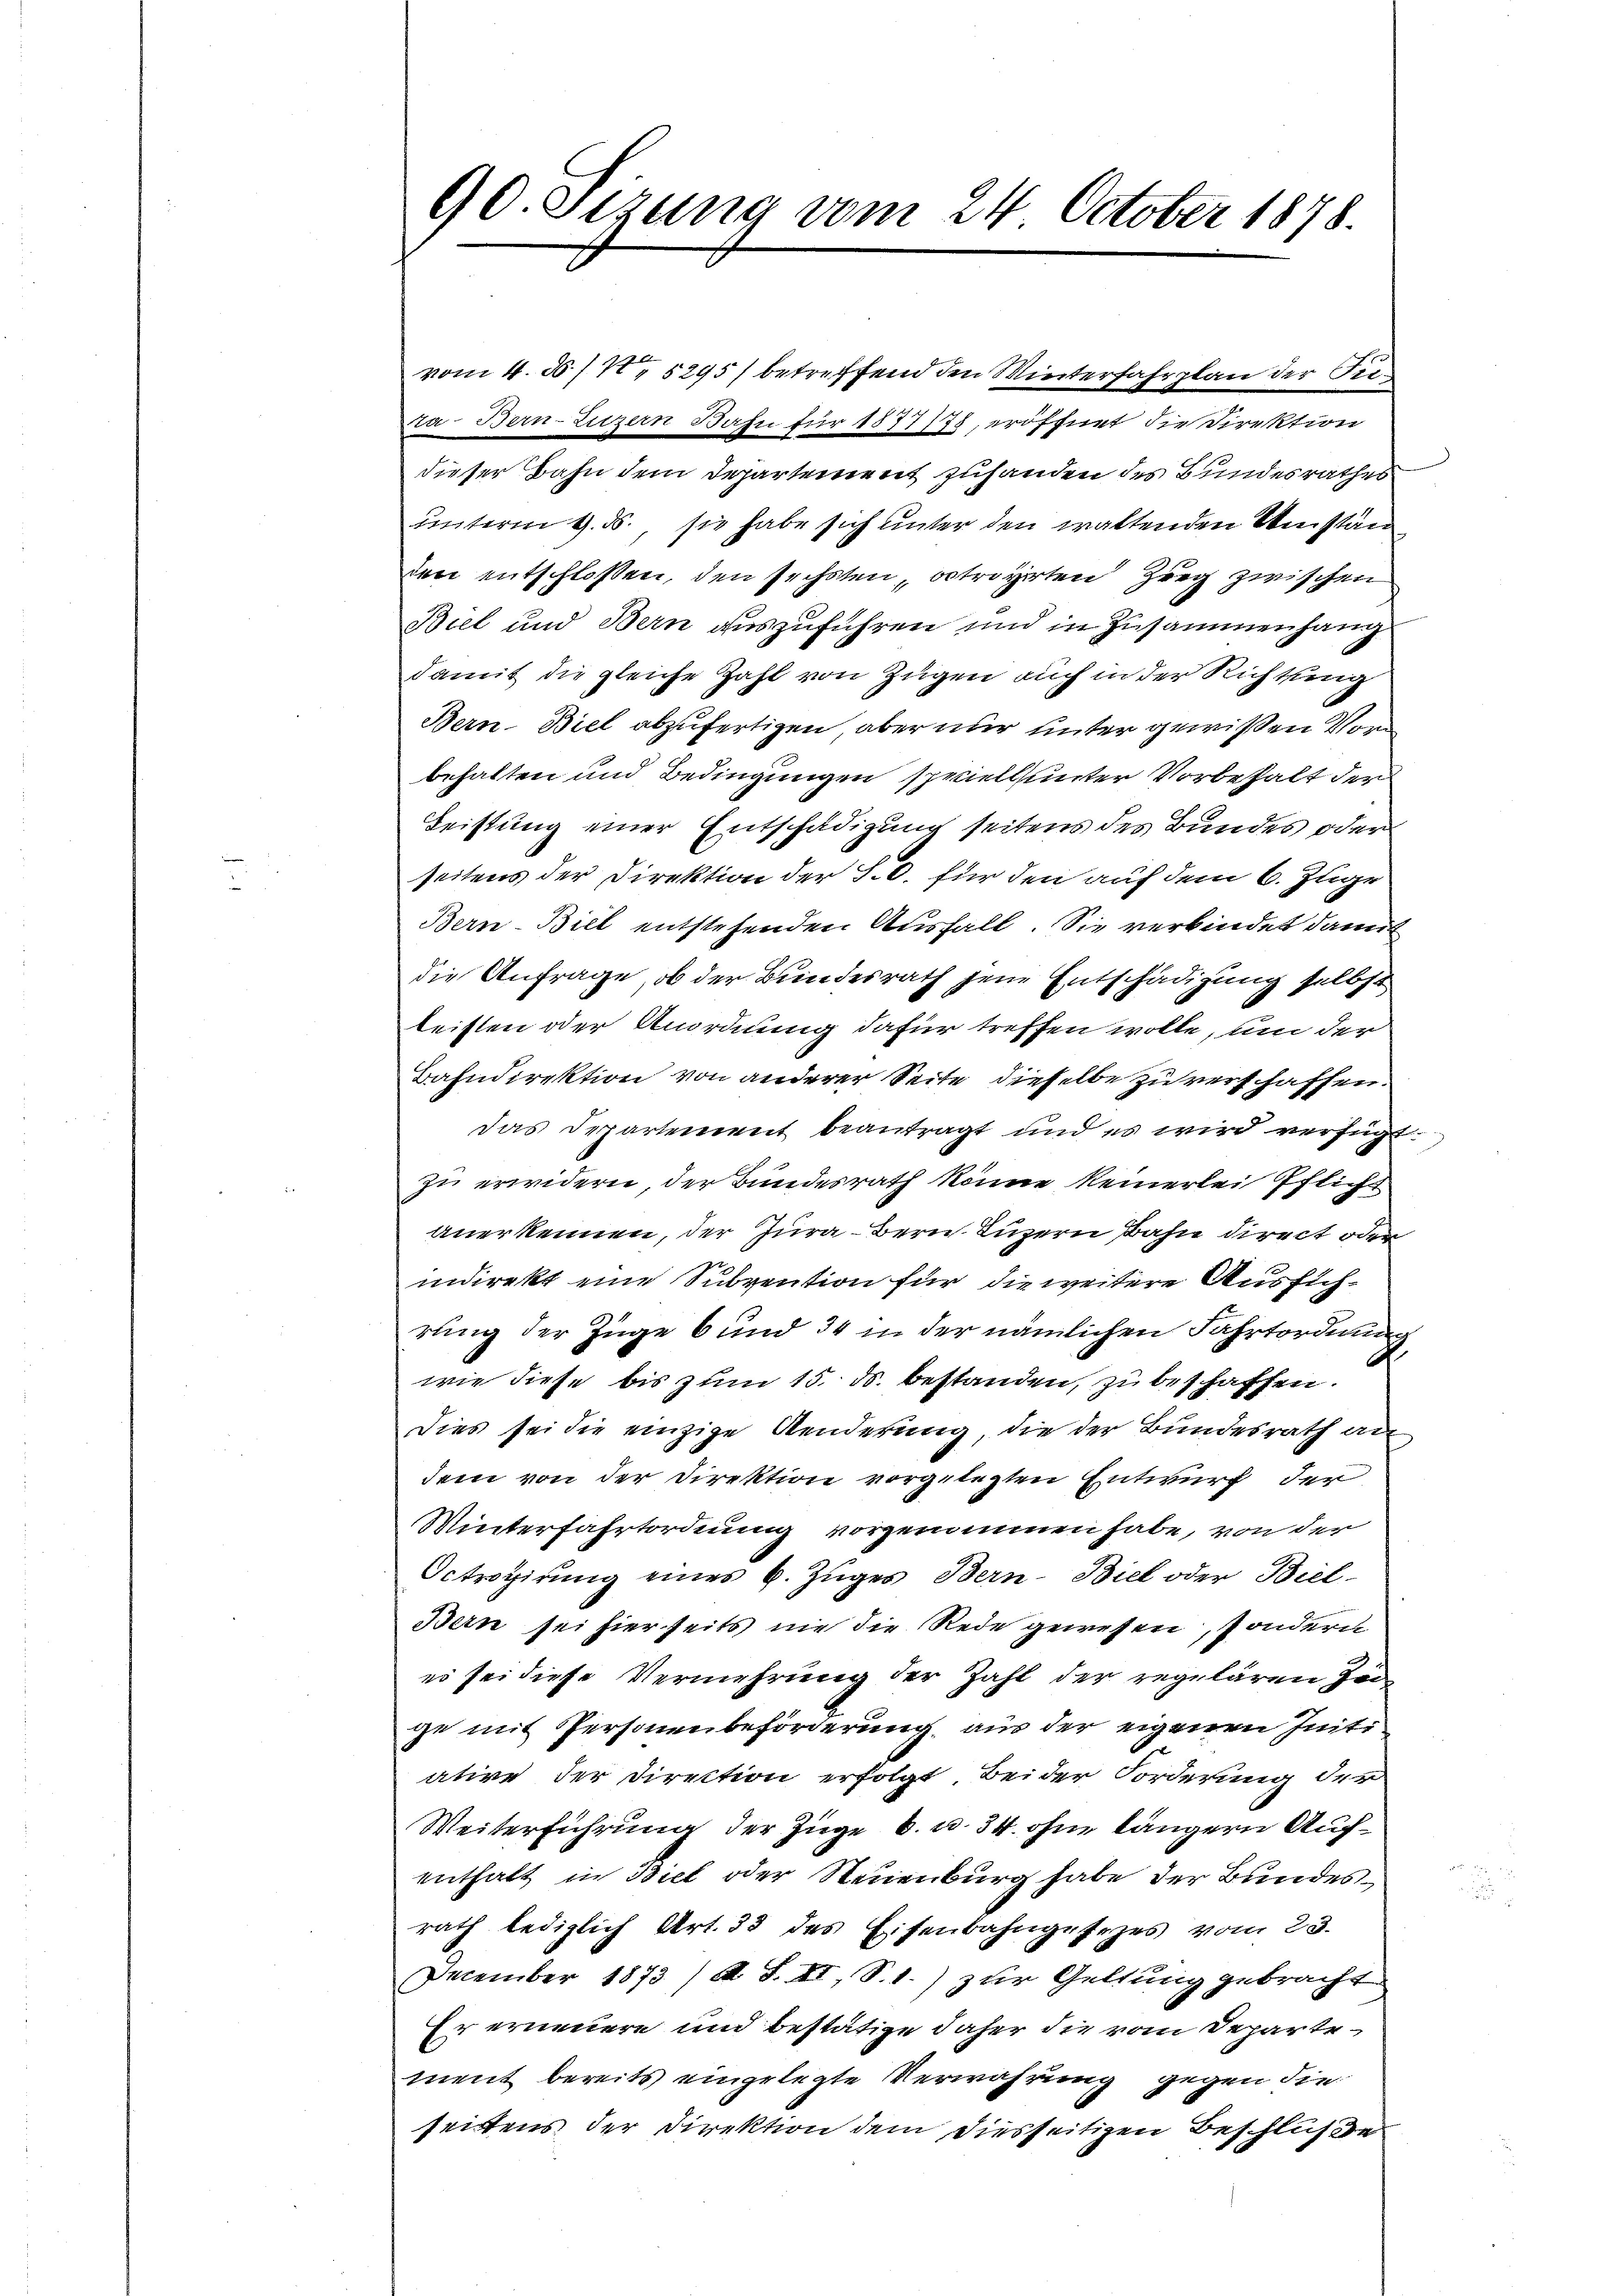
90. Sizung vom 24. October 1878.

vom 4. 30./1. 5295) betreffend den Winterfahrplan der Fir¬
Da Bern-Litzern Bahn für 1877/78, eröffnet die Direktion
dieser Bahn dem Departement zuhanden des Bundesrathes
unterm 9. ds., sie habe sich unter den waltenden Umstän
den entschlossen, den sechsten, betroyierten Zeug zwischen
Biel und Bern auszuführen und in Zusammenhang
damit die gleiche Zahl von Zügen auch in der Richtung
Bern-Biel abzufertigen, aber nur unter gewißen Vors
behalten und Bedingungen spriell unter Vorbehalt der
Leistung einer Entschädigung seitens des Bundes oder
seitens der Direktion der S.O. für den auf dem 6. Zuge
Bern-Biel entstehenden Ausfall. Sie verbindet damit
die Anfrage, ob der Bundesrath jene Entschädigung selbst
leisten oder Anordnung dafür treffen wolle, um der
Bahndirektion von anderer Seite dieselbe zu verschaffen.
das Departement beantragt und es wird verfügt:
zu erwidern, der Bundesrath könne keinerlei Pflichanerkennen, der Jura - Bern Luzern Bahn direct oder
indirekt eine Subvention für die weitere Aussichrung der Züge 6 und 34 in der nämlichen Fahrtordnung
wie diese bis zum 15. ds. bestanden, zu beschaffen.
Dies sei die einzige Aenderung, die der Bundesrath an
dem von der Direktion vorgelegten Entwurf der
Winterfahrtordnung vorgenommen habe, von der
Octropirung eines 6. Zuges Bern-Biel oder Biel-
Bern sei hierseits nie die Rede gewesen, sondern
es sei diese Vermehrung der Zahl der regulären Zögge mit Personenbeförderung, aus der eigenen Initi
atire der Direction erfolgt Beider Forderung der
Weiterführung der Zuge b. u. 34. ohne längern Aufenthalt in Biel oder Neuenburg habe der Bundesrath lediglich Art. 33 des Eisenbahngesezes vom 23.
December 1873/A. S. II, S. 1.) zur Geltung gebracht
Er erneuere und bestätige daher die vom Departement bereits eingelegte Verwahrung gegen die
seitens der Direktion dem diesseitigen Beschluße